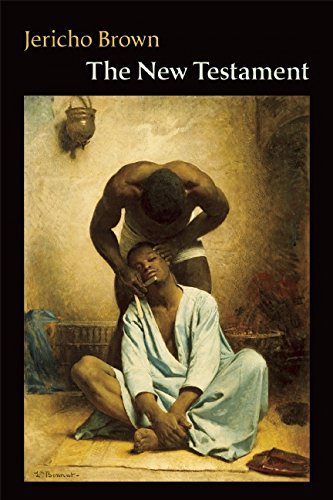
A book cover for The New Testament; Jericho Brown; Literature & Fiction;